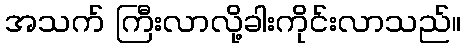
အသက် ကြီးလာလို့ခါးကိုင်းလာသည်။